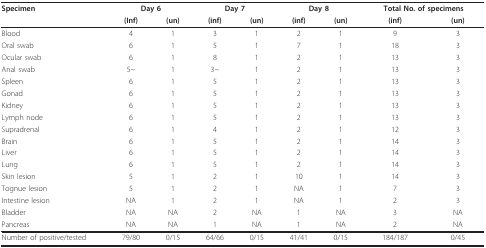
| Specimen | <COLSPAN=2> Day 6 | <COLSPAN=2> Day 7 | <COLSPAN=2> Day 8 | <COLSPAN=2> Total No. of specimens |
 |  | (Inf) | (un) | (inf) | (un) | (inf) | (un) | (inf) | (un) |
 | --- | --- | --- | --- | --- | --- | --- | --- | --- |
 | Blood | 4 | 1 | 3 | 1 | 2 | 1 | 9 | 3 |
 | Oral swab | 6 | 1 | 5 | 1 | 7 | 1 | 18 | 3 |
 | Ocular swab | 6 | 1 | 8 | 1 | 2 | 1 | 13 | 3 |
 | Anal swab | 5~ | 1 | 3~ | 1 | 2 | 1 | 13 | 3 |
 | Spleen | 6 | 1 | 5 | 1 | 2 | 1 | 13 | 3 |
 | Gonad | 6 | 1 | 5 | 1 | 2 | 1 | 13 | 3 |
 | Kidney | 6 | 1 | 5 | 1 | 2 | 1 | 13 | 3 |
 | Lymph node | 6 | 1 | 5 | 1 | 2 | 1 | 13 | 3 |
 | Supradrenal | 6 | 1 | 4 | 1 | 2 | 1 | 12 | 3 |
 | Brain | 6 | 1 | 5 | 1 | 2 | 1 | 14 | 3 |
 | Liver | 6 | 1 | 5 | 1 | 2 | 1 | 14 | 3 |
 | Lung | 6 | 1 | 5 | 1 | 2 | 1 | 14 | 3 |
 | Skin lesion | 5 | 1 | 2 | 1 | 10 | 1 | 14 | 3 |
 | Tognue lesion | 5 | 1 | 2 | 1 | NA | 1 | 7 | 3 |
 | Intestine lesion | NA | 1 | 2 | 1 | NA | 1 | 2 | 3 |
 | Bladder | NA | NA | 2 | NA | 1 | NA | 3 | NA |
 | Pancreas | NA | NA | 1 | NA | 1 | NA | 2 | NA |
 | Number of positive/tested | 79/80 | 0/15 | 64/66 | 0/15 | 41/41 | 0/15 | 184/187 | 0/45 |